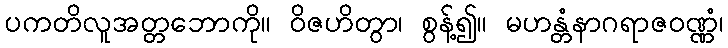
ပကတိလူအတ္တဘောကို။ ဝိဇဟိတွာ၊ စွန့်၍။ မဟန္တံနာဂရာဇဝဏ္ဏံ၊